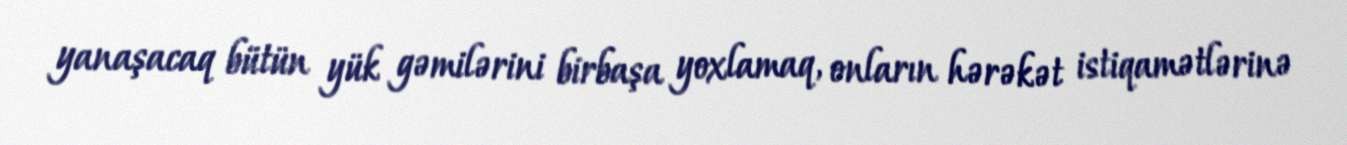
yanaşacaq bütün yük gəmilərini birbaşa yoxlamaq, onların hərəkət istiqamətlərinə